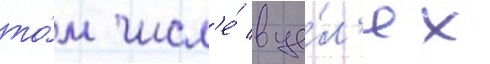
то́м числ'е́ в це́л'ях